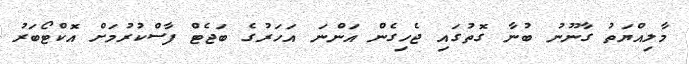
މާލިއްޔަތު ގާނޫނު ބުނާ ގޮތުގައި ޖެހިގެން އަންނަ އަހަރުގެ ބަޖެޓް ފާސްކުރުމަށް އޮކްޓޯބަރު